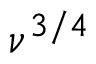
\nu ^ { 3 / 4 }